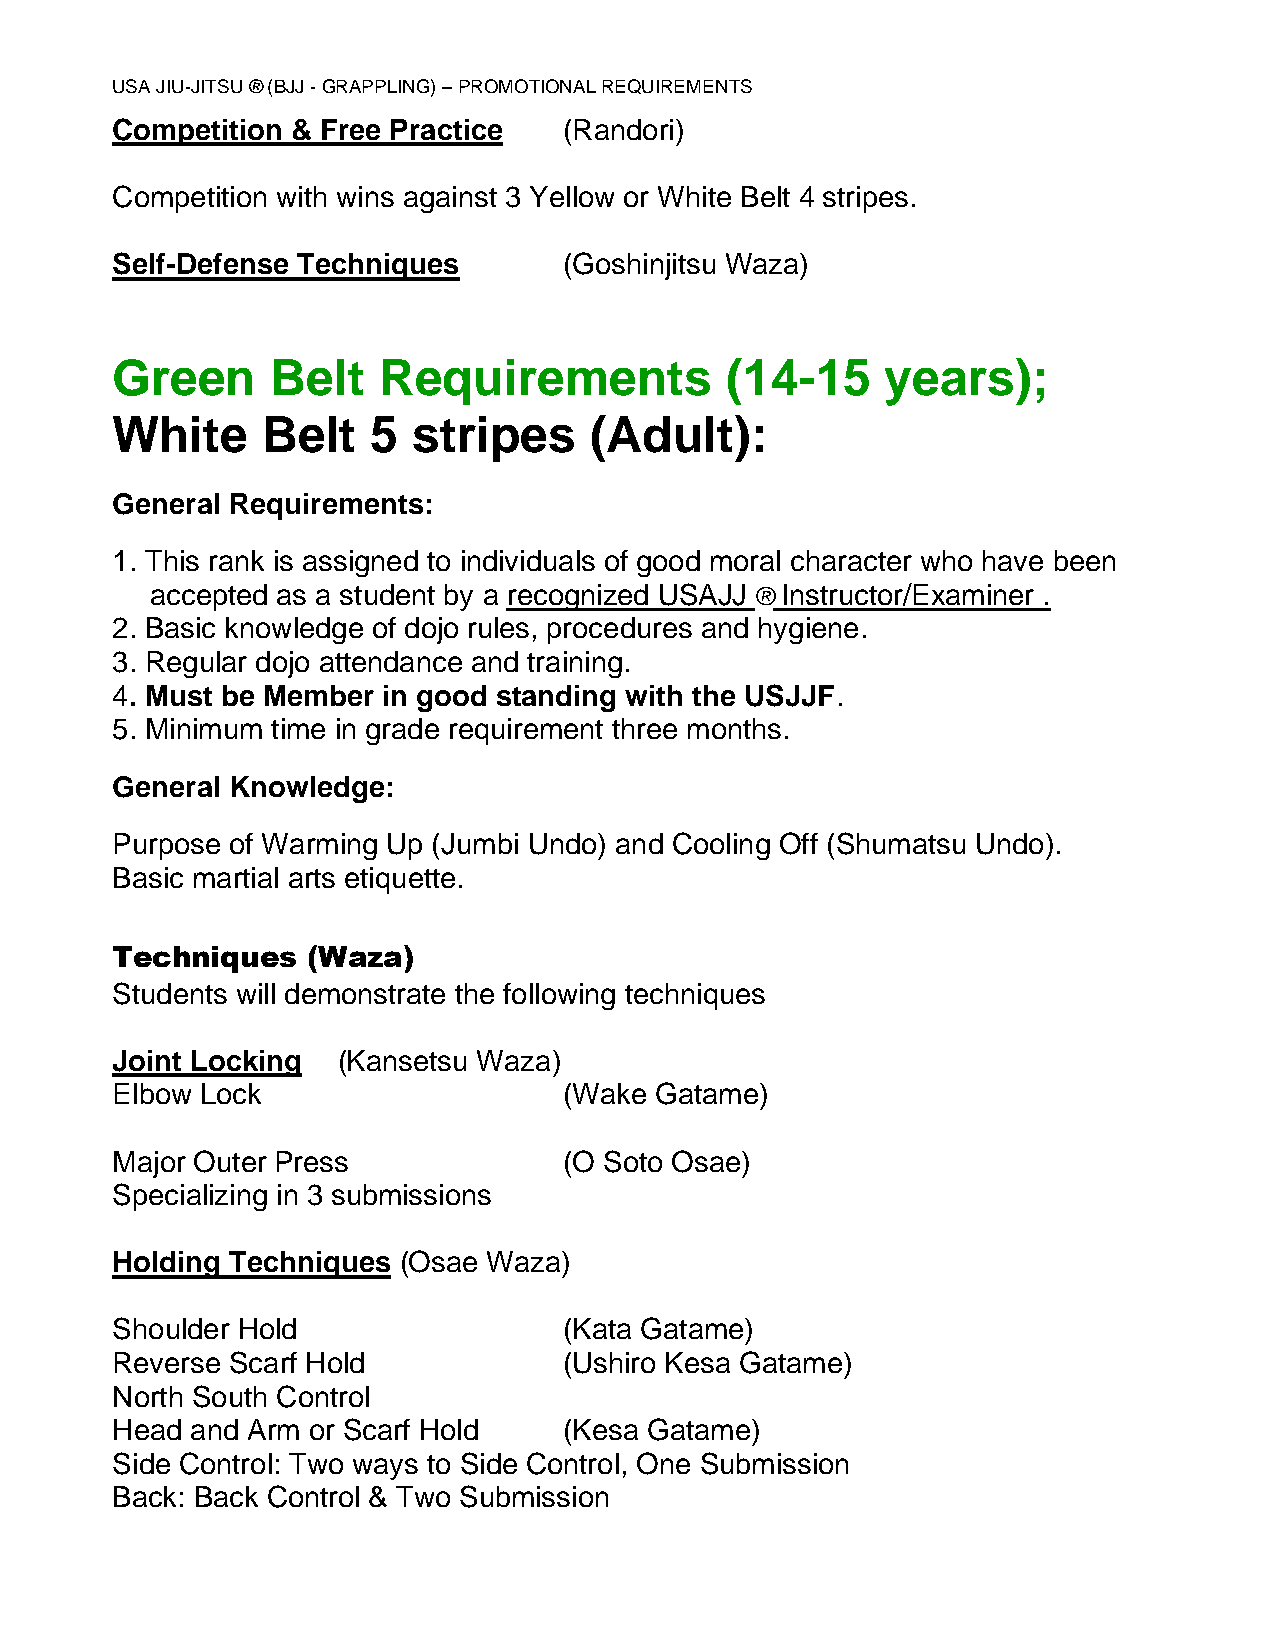
USA JIU-JITSU ® (BJJ - GRAPPLING) – PROMOTIONAL REQUIREMENTS
 Competition & Free Practice   (Randori)
 Competition with wins against 3 Yellow or White Belt 4 stripes.
 Self-Defense Techniques       (Goshinjitsu Waza)
 Green      Belt   Requirements           (14-15     years);
 White     Belt    5 stripes     (Adult):
 General Requirements:
 1. This rank is assigned to individuals of good moral character who have been
 accepted as a student by a recognized USAJJ ® Instructor/Examiner .
 2. Basic knowledge of dojo rules, procedures and hygiene.
 3. Regular dojo attendance and training.
 4. Must be Member in good standing with the USJJF.
 5. Minimum time in grade requirement three months.
 General Knowledge:
 Purpose of Warming Up (Jumbi Undo) and Cooling Off (Shumatsu Undo).
 Basic martial arts etiquette.
 Techniques   (Waza)
 Students will demonstrate the following techniques
 Joint Locking  (Kansetsu Waza)
 Elbow Lock                    (Wake Gatame)
 Major Outer Press             (O Soto Osae)
 Specializing in 3 submissions
 Holding Techniques (Osae Waza)
 Shoulder Hold                 (Kata Gatame)
 Reverse Scarf Hold            (Ushiro Kesa Gatame)
 North South Control
 Head  and Arm or Scarf Hold   (Kesa Gatame)
 Side Control: Two ways to Side Control, One Submission
 Back: Back Control & Two Submission